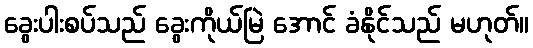
ခွေးပါးစပ်သည် ခွေးကိုယ်မြဲ အောင် ခံနိုင်သည် မဟုတ်။